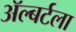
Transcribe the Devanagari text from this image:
ॲल्बर्टला